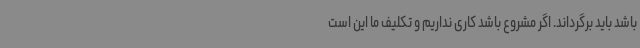
باشد باید برگرداند. اگر مشروع باشد کاری نداریم و تکلیف ما این است